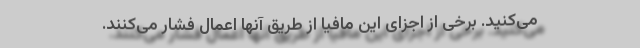
می‌کنید. برخی از اجزای این مافیا از طریق آنها اعمال فشار می‌کنند.